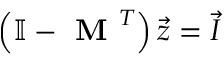
\left( \mathbb { I } - \textbf { M } ^ { T } \right) \vec { z } = \vec { I }